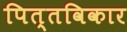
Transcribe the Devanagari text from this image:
पित्तविकार